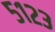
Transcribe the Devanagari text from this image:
५१२३